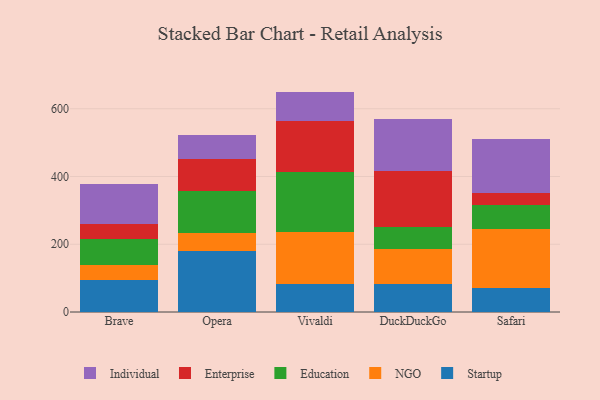
{"axis": {"x": "Browser", "y": "Customer Acquisition Cost (USD)"}, "legend": ["Education", "Enterprise", "Individual", "NGO", "Startup"], "data": [{"x": "Brave", "y": 95.1, "type": "Startup"}, {"x": "Brave", "y": 44.2, "type": "NGO"}, {"x": "Brave", "y": 76.9, "type": "Education"}, {"x": "Brave", "y": 44.8, "type": "Enterprise"}, {"x": "Brave", "y": 117.1, "type": "Individual"}, {"x": "Opera", "y": 179.2, "type": "Startup"}, {"x": "Opera", "y": 54.3, "type": "NGO"}, {"x": "Opera", "y": 122.5, "type": "Education"}, {"x": "Opera", "y": 94.6, "type": "Enterprise"}, {"x": "Opera", "y": 73.2, "type": "Individual"}, {"x": "Vivaldi", "y": 83.4, "type": "Startup"}, {"x": "Vivaldi", "y": 153.3, "type": "NGO"}, {"x": "Vivaldi", "y": 176.8, "type": "Education"}, {"x": "Vivaldi", "y": 151.3, "type": "Enterprise"}, {"x": "Vivaldi", "y": 85.8, "type": "Individual"}, {"x": "DuckDuckGo", "y": 81.3, "type": "Startup"}, {"x": "DuckDuckGo", "y": 106.0, "type": "NGO"}, {"x": "DuckDuckGo", "y": 64.7, "type": "Education"}, {"x": "DuckDuckGo", "y": 162.9, "type": "Enterprise"}, {"x": "DuckDuckGo", "y": 155.8, "type": "Individual"}, {"x": "Safari", "y": 69.7, "type": "Startup"}, {"x": "Safari", "y": 174.6, "type": "NGO"}, {"x": "Safari", "y": 71.6, "type": "Education"}, {"x": "Safari", "y": 35.9, "type": "Enterprise"}, {"x": "Safari", "y": 157.7, "type": "Individual"}]}